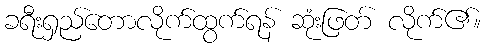
ခရီးရှည်တောလိုက်ထွက်ရန် ဆုံးဖြတ် လိုက်၏။